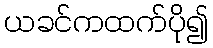
ယခင်ကထက်ပို၍